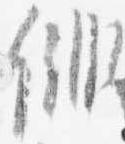
徘